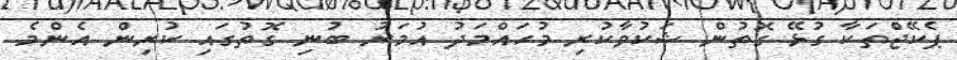
ޕެކޭޖްތަކާ ގުޅޭ ގޮތުން ޝަކުވާކުރި މުހައްމަދު އުމަރު ބުނި ގޮތުގައި ކުރިން އެންމެ